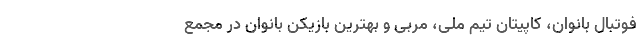
فوتبال بانوان، کاپیتان تیم ملی، مربی و بهترین بازیکن بانوان در مجمع